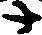
十